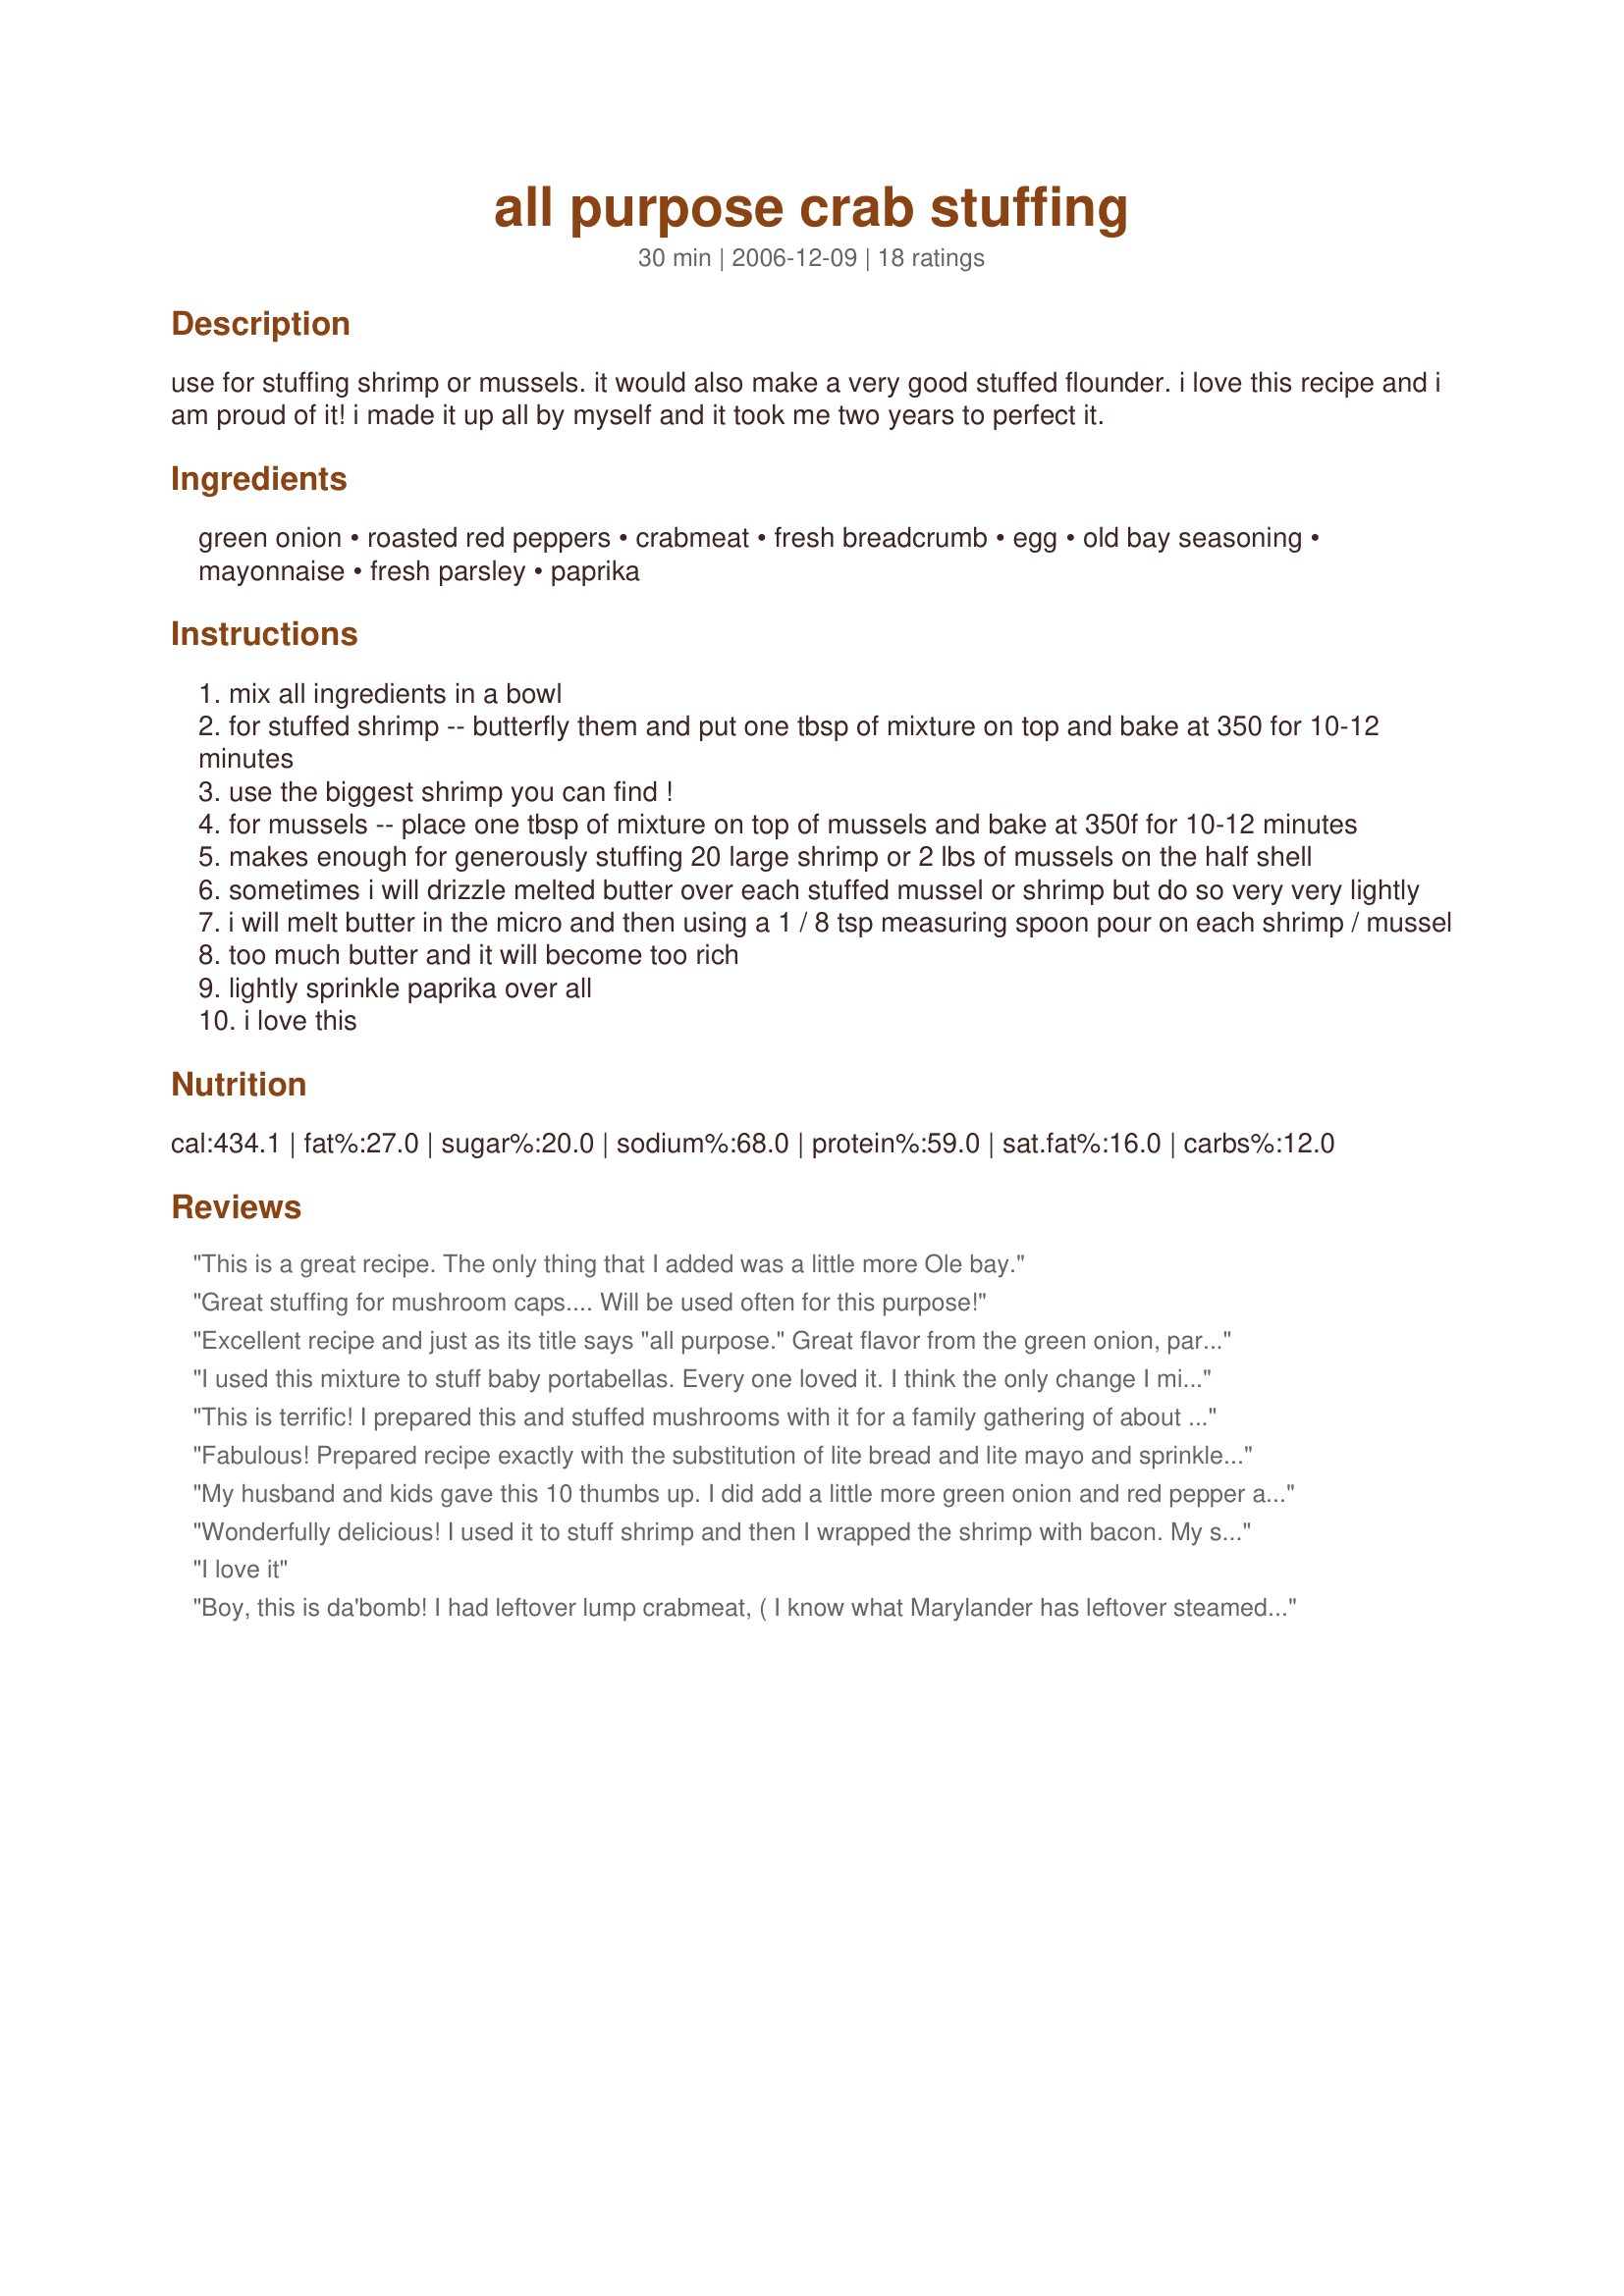
all purpose crab stuffing
Preparation time: 30 minutes

use for stuffing shrimp or mussels. it would also make a very good stuffed flounder. i love this recipe and i am proud of it! i made it up all by myself and it took me two years to perfect it.

Ingredients:
green onion, roasted red peppers, crabmeat, fresh breadcrumb, egg, old bay seasoning, mayonnaise, fresh parsley, paprika

Steps:
mix all ingredients in a bowl
for stuffed shrimp -- butterfly them and put one tbsp of mixture on top and bake at 350 for 10-12 minutes
use the biggest shrimp you can find !
for mussels -- place one tbsp of mixture on top of mussels and bake at 350f for 10-12 minutes
makes enough for generously stuffing 20 large shrimp or 2 lbs of mussels on the half shell
sometimes i will drizzle melted butter over each stuffed mussel or shrimp but do so very very lightly
i will melt butter in the micro and then using a 1 / 8 tsp measuring spoon pour on each shrimp / mussel
too much butter and it will become too rich
lightly sprinkle paprika over all
i love this

Reviews:
This is a great recipe. The only thing that I added was a little more Ole bay.
Great stuffing for mushroom caps.... Will be used often for this purpose!
Excellent recipe and just as its title says "all purpose." Great flavor from the green onion, parsley and Bay seasoning. A nice punch of color from the roasted pepper. I made the bread crumbs in my food processor and then added the remaining ingredients to the work bowl--pulsed a few times--- and had the perfect consistancy. I stuffed slices of talipia. Delish! Thanks Potsie.
I used this mixture to stuff baby portabellas. Every one loved it. I think the only change I might make the next time would be to add some parmesan cheese to it. I am using the rest tonight to stuff some flounder. Can't wait!
This is terrific! I prepared this and stuffed mushrooms with it for a family gathering of about 6 adults and 8 kids. I doubled the receipe and stuffed about 30 medium mushrooms with it. My husband laughed and said that many would never get ate with all the other food I had prepared. They were all ate and they were asking for more!! Now instead of cakes and pies I am asked to bring stuffed mushrooms instead. Great job on putting this one together. Your hard work is being enjoyed by dozens in my family alone.
Fabulous! Prepared recipe exactly with the substitution of lite bread and lite mayo and sprinkled with a little finely grated parmesan. Used colossal shrimp and generously stuffed 8 (there's only the 2 of us) and had enough left to stuff 8 ounces of mushrooms. Highly recommend and will definitely make again. Thanks, Pot Scrubber.
My husband and kids gave this 10 thumbs up. I did add a little more green onion and red pepper as I can't leave any recipe alone. I also was making my crab dip recipe along side this one and kept messing up which was which so I ended up dumping a little dry mustard and cram in this...no harm done though. I Also sprinkled fresh grated parm on top of this (stuffed in shrimp) and when they came out of the oven I squirted a little lemon juice on them....YUM< this will be a repeat!
Wonderfully delicious! I used it to stuff shrimp and then I wrapped the shrimp with bacon. My shrimp were not quite the jumbo size, so I had some stuffing left. Not a problem, I simply spooned out small portions of it and cooked it like crab cakes.
I love it
Boy, this is da'bomb! I had leftover lump crabmeat, ( I know what Marylander has leftover steamed blue crab?) and used that for this purpose. I also had a piece of halibut that was outstanding and decided to use this. Followed recipe absolutely, and popped under the broiler to add a bit of browning. A one stop shop. Lovely, thank you for posting.
I was looking for a stuffing recipe to cover my flounder, and this was exactly what I was looking for. I did leave out the pepper, and added some lemon both in the stuffing and on top before baking. This is an amazing flavored stuffing and I look forward to using it to make some stuffed mushrooms soon! Thanks so much for sharing!
I made your stuffing with flounder and it was wonderful!!! My family can't wait to have it again. I didn't have roasted red peppers or pimentos on hand but it was great even without them. I also only had a shallot on hand so I used that instead of the green onion. I also used a crusty, dense bread for the bread crumbs. I placed 1 piece of flounder on the pan then a scoop of the stuffing and then another piece of the flounder on top. Topped it off with a pat of butter, paprika and parsley. Baked it for 20 min. at 425 an it was so so good!! Thank you for such a wonderful addition to my plain flounder!
This is the best crab stuffing recipe I have ever made. I have tried many different things but this tops them all. It is simply amazing. Thank you so much for creating and sharing this recipe!!
Not being a crab fan, I had to enlist several taster's. Everyone agreed this was wonderful. Cold or hot it was great. The only change I made was to add 1/2 cup of pimento spread. It added a little more substance and color.
I stuffed mushrooms with half and heated the rest to serve as a hot dip. Both were excellent! The only real challenge was finding crab meat at 10:00pm, the night before Thanksgiving. Finally ended up with lump crab in the can, which was even on sale. I will definately be repeating this on NewYear's Eve.
Will use this in many different situations. Loved it with Flounder.
I stuffed some flounder and it was excellent as the filling for this delicious fish! I look forward to trying it with mushrooms too!
Great recipe! We used the mix for stuff mushrooms & crab cakes. So good~
Excellent. Made stuffed shrimp and mushrooms. Wife and I loved them. Wife requested that next time I fry or bake some as crab cakes. I'll use a little more crab and Old Bay next time but that's just personal taste preference.
